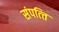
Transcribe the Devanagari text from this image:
संपत्‍ति